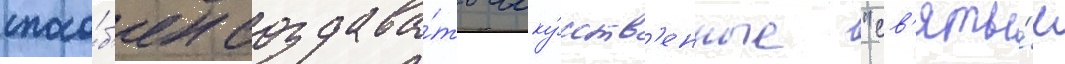
спосо́б'ен создава́ть иску́сств'енные "св'яты́е